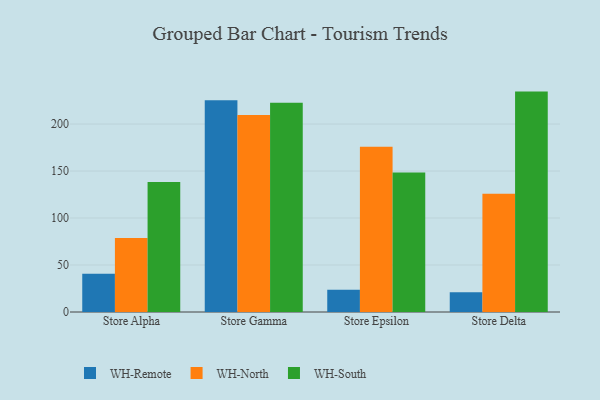
{"axis": {"x": "Store", "y": "LTV (USD)"}, "legend": ["WH-North", "WH-Remote", "WH-South"], "data": [{"x": "Store Alpha", "y": 40.6, "type": "WH-Remote"}, {"x": "Store Alpha", "y": 78.7, "type": "WH-North"}, {"x": "Store Alpha", "y": 138.2, "type": "WH-South"}, {"x": "Store Gamma", "y": 225.4, "type": "WH-Remote"}, {"x": "Store Gamma", "y": 209.6, "type": "WH-North"}, {"x": "Store Gamma", "y": 222.6, "type": "WH-South"}, {"x": "Store Epsilon", "y": 23.6, "type": "WH-Remote"}, {"x": "Store Epsilon", "y": 175.9, "type": "WH-North"}, {"x": "Store Epsilon", "y": 148.5, "type": "WH-South"}, {"x": "Store Delta", "y": 20.9, "type": "WH-Remote"}, {"x": "Store Delta", "y": 125.8, "type": "WH-North"}, {"x": "Store Delta", "y": 234.5, "type": "WH-South"}]}